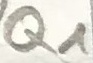
Text: Q1